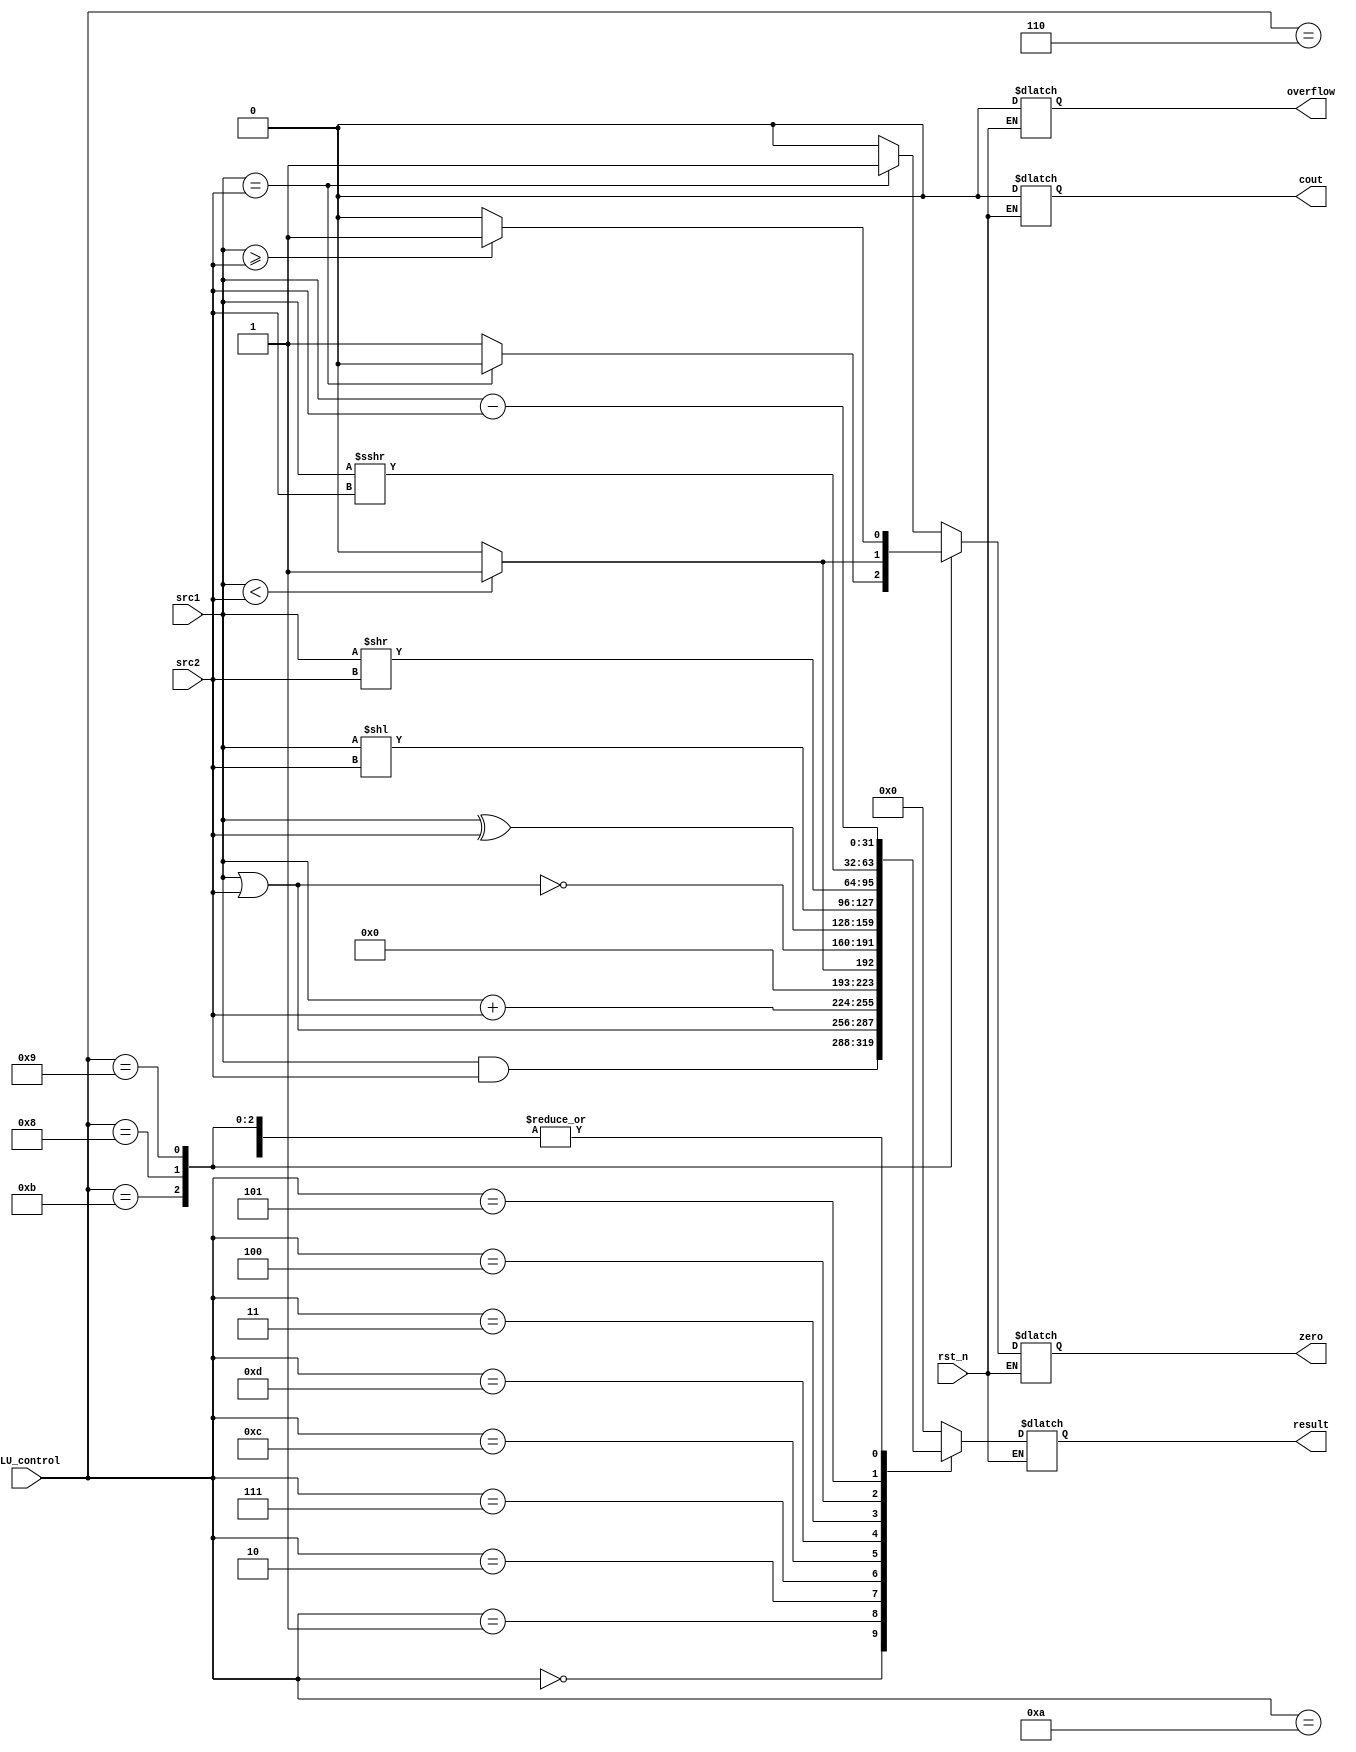
/***************************************************
Student Name:
Student ID:
***************************************************/
`timescale 1ns/1ps

module alu(
	input	       rst_n,         // Reset                     (input)
	input	[31:0] src1,          // 32 bits source 1          (input)
	input	[31:0] src2,          // 32 bits source 2          (input)
	input 	[ 3:0] ALU_control,   // 4 bits ALU control input  (input)
	output  [31:0] result,        // 32 bits result            (output)
	output         zero,          // 1 bit when the output is 0, zero must be set (output)
	output         cout,          // 1 bit carry out           (output)
	output         overflow       // 1 bit overflow            (output)
	);

/* Write your code HERE */

reg   [32-1:0] 	Result;
reg             Cout;
reg             Overflow;
reg		Zero;

always @* 
   begin
      if (rst_n) begin          
	 //$display("%0dns :\$display: result=%h overflow=%b"  , $stime, result, overflow);
	Cout <= 1'b0; //Don't care
	Overflow <= 1'b0; //Don't care

	case(ALU_control)
		/* AND :0*/
		4'b0000: 
			begin 
				Result <= src1 & src2;
				Zero <= (src1 == src2)?1:0; 
			end
		/* OR :1*/	
		4'b0001: 
			begin 
				Result <= src1 | src2; 
				Zero <= (src1 == src2)?1:0;  
			end
		/* ADD :2*/
		4'b0010: 
			begin
				Result <= src1 + src2;
				Zero <= (src1 == src2)?1:0; 
			end
		/* SUB :6*/
		4'b0110: 
			begin
				Result <= src1 - src2;
				Zero <= (src1 == src2)?1:0; 	
			end
		/* SLT :7*/
		4'b0111: 
			begin
				Result <= (src1 < src2)?1:0;
				Zero <= (src1 == src2)?1:0; 	   
			end
		/* NOR :12*/
		4'b1100: 
			begin
				Result <= ~(src1 | src2);
				Zero <= (src1 == src2)?1:0; 	
			end
		/* XOR :13*/
		4'b1101: 
			begin
				Result <= src1 ^ src2;
				Zero <= (src1 == src2)?1:0; 
			end
		/* SLL :3*/
		4'b0011: 
			begin
				Result <= src1 << src2;
				Zero <= (src1 == src2)?1:0; 
			end
		/* SRL :4*/
		4'b0100: 
			begin
				Result <= src1 >> src2;
				Zero <= (src1 == src2)?1:0; 
			end
		/* SRA :5*/
		4'b0101: 
			begin
				Result <= src1 >>> src2;
				Zero <= (src1 == src2)?1:0; 
			
			end

		/* BEQ :10*/
		4'b1010: 
			begin
				Result <= src1 - src2;
				Zero <= (src1 == src2)?1:0; 
			end

		/* BNE :11*/
		4'b1011: 
			begin
				Result <= src1 - src2;
				Zero <= (src1 == src2)?0:1;
			
			end
		
		/* BLT :8*/
		4'b1000: 
			begin
				Result <= src1 - src2;
				Zero <= (src1 < src2)?1:0;
				$display("%0dns : RESULT =%d" ,$stime , Result);
			end
		
		/* BGE :9*/
		4'b1001: 
			begin
				Result <= src1 - src2;
				Zero <= (src1 >= src2)?1:0;
			
			end
		
		default: 
			begin
				Result <= 32'b00000000000000000000000000000000;
				Zero <= (src1 == src2)?1:0;  
			end
	endcase

	/* Used in beq/bne*/
	//zero <= ~|result; 
	
      end 
   end

assign result = Result;
assign zero = Zero;
assign cout = Cout;
assign overflow = Overflow;

endmodule